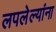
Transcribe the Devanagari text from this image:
लपलेल्‍यांना